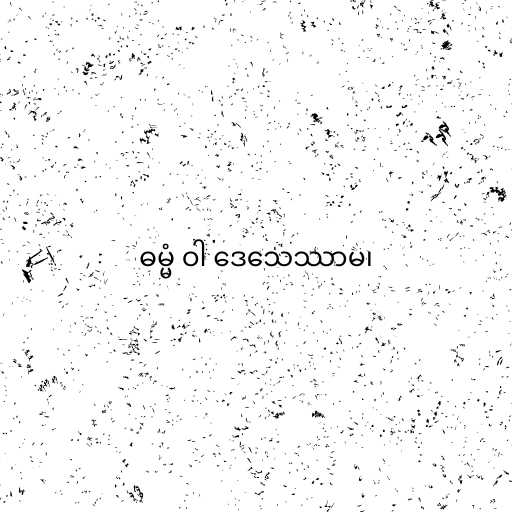
ဓမ္မံ ဝါ ဒေသေဿာမ၊